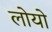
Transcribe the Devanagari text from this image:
लोयो